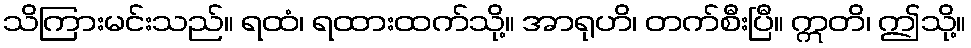
သိကြားမင်းသည်။ ရထံ၊ ရထားထက်သို့။ အာရုဟိ၊ တက်စီးပြီ။ ဣတိ၊ ဤသို့။